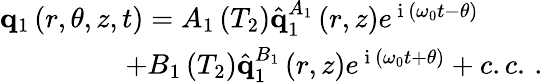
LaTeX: \begin{array}{r}{\mathbf{q}_{1}\left(r,\theta,z,t\right)=A_{1}\left(T_{2}\right)\hat{\mathbf{q}}_{1}^{A_{1}}\left(r,z\right)e^{\mathrm{~i~}\left(\omega_{0}t-\theta\right)}\ \ \ \ \ \ \ \ \ }\\ {+B_{1}\left(T_{2}\right)\hat{\mathbf{q}}_{1}^{B_{1}}\left(r,z\right)e^{\mathrm{~i~}\left(\omega_{0}t+\theta\right)}+c.c.\, .}\end{array}